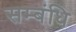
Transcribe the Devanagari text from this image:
सम्बंधि